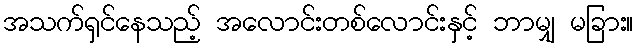
အသက်ရှင်နေသည့် အလောင်းတစ်လောင်းနှင့် ဘာမျှ မခြား။